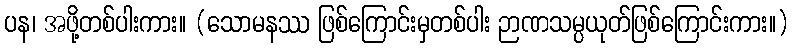
ပန၊ အဖို့တစ်ပါးကား။ (သောမနဿ ဖြစ်ကြောင်းမှတစ်ပါး ဉာဏသမ္ပယုတ်ဖြစ်ကြောင်းကား။)